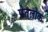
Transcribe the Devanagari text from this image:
प्रेतलोक